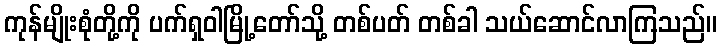
ကုန်မျိုးစုံတို့ကို ပက်ရှဝါမြို့တော်သို့ တစ်ပတ် တစ်ခါ သယ်ဆောင်လာကြသည်။